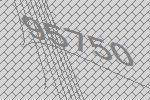
95750